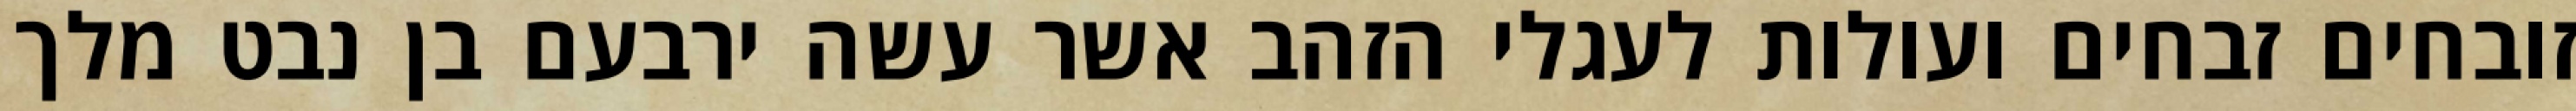
זובחים זבחים ועולות לעגלי הזהב אשר עשה ירבעם בן נבט מלך